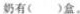
奶有()盒。